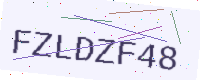
Text: FZLDZF48